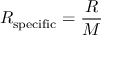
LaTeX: R _ { \mathrm { { s p e c i f i c } } } = { \frac { R } { M } }